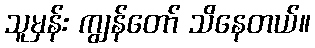
သူမှန်း ကျွန်တော် သိနေတယ်။